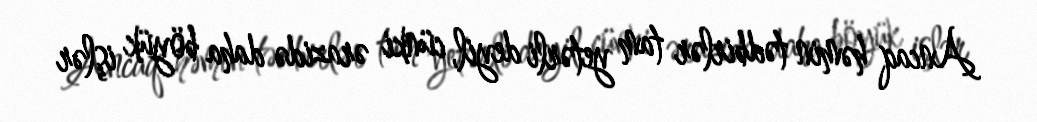
Ancaq həmin tədbirlər tam yetərli deyil, cünki ərazidə daha böyük işlər